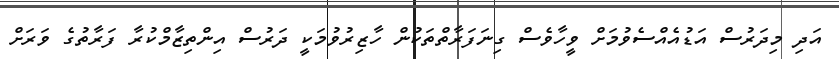
އަދި މިދަރުސް އަޑުއެއްސެވުމަށް ވީހާވެސް ގިނަފަރާތްތަކުން ހާޒިރުވުމަކީ ދަރުސް އިންތިޒާމްކުރާ ފަރާތުގެ ވަރަށް